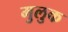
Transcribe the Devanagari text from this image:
मुलुक